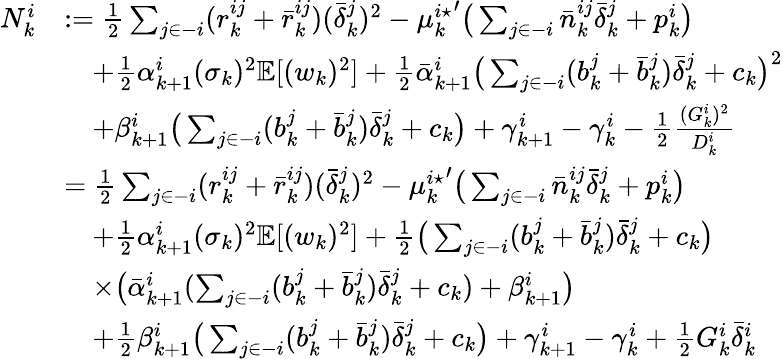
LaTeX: \begin{array}{rl}{N_{k}^{i}}&{:=\frac{1}{2}\sum_{j\in-i}(r_{k}^{ij}+\bar{r}_{k}^{ij})(\bar{\delta}_{k}^{j})^{2}-{\mu_{k}^{i\star}}^{\prime}\big(\sum_{j\in-i}\bar{n}_{k}^{ij}\bar{\delta}_{k}^{j}+p_{k}^{i}\big)}\\ &{\quad+\frac{1}{2}\alpha_{k+1}^{i}(\sigma_{k})^{2}\mathbb{E}[(w_{k})^{2}]+\frac{1}{2}\bar{\alpha}_{k+1}^{i}\big(\sum_{j\in-i}(b_{k}^{j}+\bar{b}_{k}^{j})\bar{\delta}_{k}^{j}+c_{k}\big)^{2}}\\ &{\quad+\beta_{k+1}^{i}\big(\sum_{j\in-i}(b_{k}^{j}+\bar{b}_{k}^{j})\bar{\delta}_{k}^{j}+c_{k}\big)+\gamma_{k+1}^{i}-\gamma_{k}^{i}-\frac{1}{2}\frac{(G_{k}^{i})^{2}}{D_{k}^{i}}}\\ &{=\frac{1}{2}\sum_{j\in-i}(r_{k}^{ij}+\bar{r}_{k}^{ij})(\bar{\delta}_{k}^{j})^{2}-{\mu_{k}^{i\star}}^{\prime}\big(\sum_{j\in-i}\bar{n}_{k}^{ij}\bar{\delta}_{k}^{j}+p_{k}^{i}\big)}\\ &{\quad+\frac{1}{2}\alpha_{k+1}^{i}(\sigma_{k})^{2}\mathbb{E}[(w_{k})^{2}]+\frac{1}{2}\big(\sum_{j\in-i}(b_{k}^{j}+\bar{b}_{k}^{j})\bar{\delta}_{k}^{j}+c_{k}\big)}\\ &{\quad\times\big(\bar{\alpha}_{k+1}^{i}(\sum_{j\in-i}(b_{k}^{j}+\bar{b}_{k}^{j})\bar{\delta}_{k}^{j}+c_{k})+\beta_{k+1}^{i}\big)}\\ &{\quad+\frac{1}{2}\beta_{k+1}^{i}\big(\sum_{j\in-i}(b_{k}^{j}+\bar{b}_{k}^{j})\bar{\delta}_{k}^{j}+c_{k}\big)+\gamma_{k+1}^{i}-\gamma_{k}^{i}+\frac{1}{2}G_{k}^{i}\bar{\delta}_{k}^{i}}\end{array}